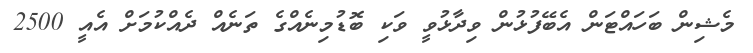
މެޝިން ބަހައްޓަން އެބޭފުޅުން ވިދާޅުވީ ވަކި ބޮޑުމިނެއްގެ ތަނެއް ދެއްކުމަށް އެއީ 2500